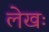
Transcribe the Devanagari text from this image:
लेखः